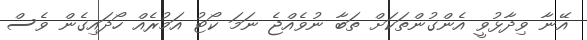
އޭނާ ވިދާޅުވީ އެންގުންތަަކަށް ތަބާ ނުވެއްޖެ ނަމަ ކޯޓު އަމުރެއް ހޯދައިގެން ވެސް